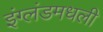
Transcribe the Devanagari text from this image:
इंग्लंडमधली